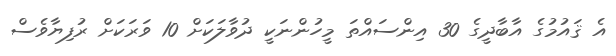
އެ ޤައުމުގެ އާބާދީގެ 30 އިންސައްތަ މީހުންނަކީ ދުވާލަކަށް 10 ވަރަކަށް ރުފިޔާވެސް